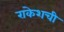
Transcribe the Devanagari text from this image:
राकेशची